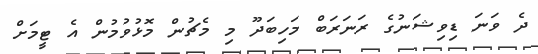
ދެ ވަނަ ޑިވިޝަނުގެ ރަނަރަބް މަހިބަދޫ މި މެޗުން މޮޅުވުމުން އެ ޓީމަށް